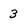
Character: 3